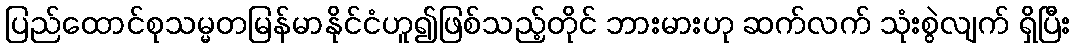
ပြည်ထောင်စုသမ္မတမြန်မာနိုင်ငံဟူ၍ဖြစ်သည့်တိုင် ဘားမားဟု ဆက်လက် သုံးစွဲလျက် ရှိပြီး